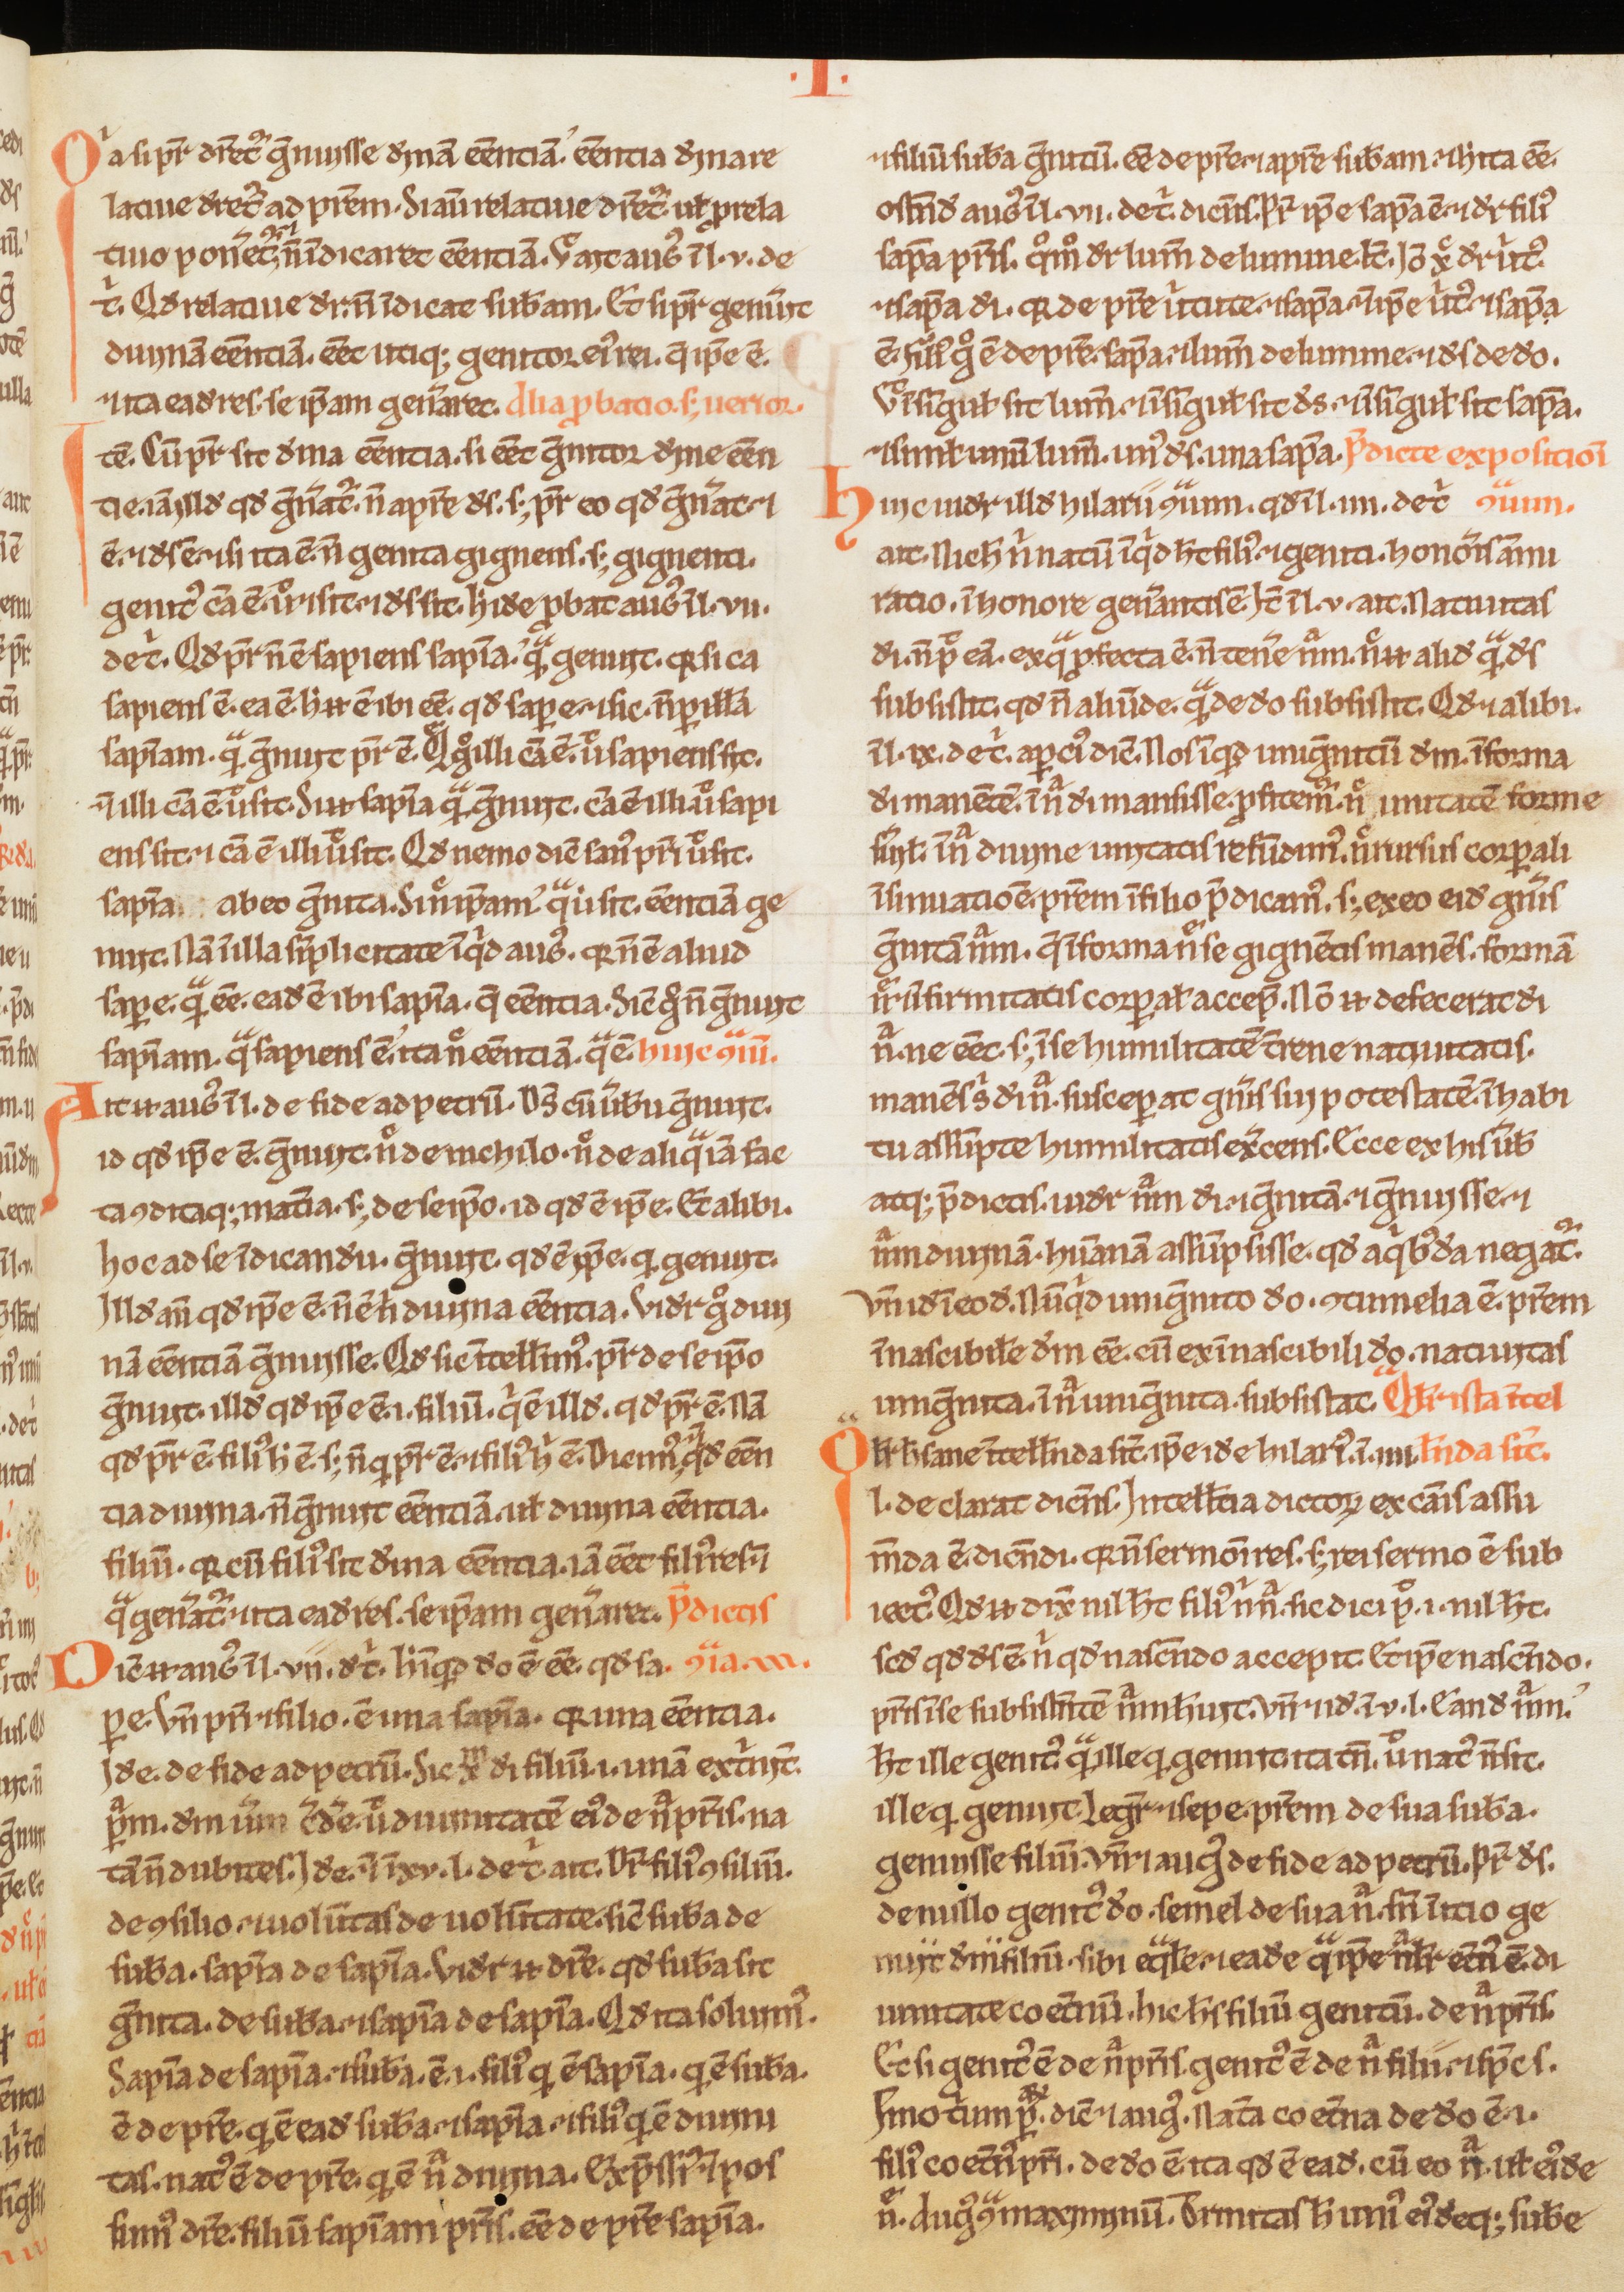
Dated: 1200–1230